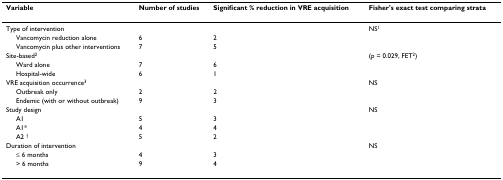
<table><thead><tr><td><b>Variable</b></td><td><b>Number of studies</b></td><td><b>Significant % reduction in VRE acquisition</b></td><td><b>Fisher&#x27;s exact test comparing strata</b></td></tr></thead><tbody><tr><td>Type of intervention</td><td></td><td></td><td>NS<sup>1</sup></td></tr><tr><td> Vancomycin reduction alone</td><td>6</td><td>2</td><td></td></tr><tr><td> Vancomycin plus other interventions</td><td>7</td><td>5</td><td></td></tr><tr><td>Site-based<sup>2</sup></td><td></td><td></td><td>(p = 0.029, FET<sup>2</sup>)</td></tr><tr><td> Ward alone</td><td>7</td><td>6</td><td></td></tr><tr><td> Hospital-wide</td><td>6</td><td>1</td><td></td></tr><tr><td>VRE acquisition occurrence<sup>3</sup></td><td></td><td></td><td>NS</td></tr><tr><td> Outbreak only</td><td>2</td><td>2</td><td></td></tr><tr><td> Endemic (with or without outbreak)</td><td>9</td><td>3</td><td></td></tr><tr><td>Study design</td><td></td><td></td><td>NS</td></tr><tr><td> A1</td><td>5</td><td>3</td><td></td></tr><tr><td> A1*</td><td>4</td><td>4</td><td></td></tr><tr><td> A2 <sup>†</sup></td><td>5</td><td>2</td><td></td></tr><tr><td>Duration of intervention</td><td></td><td></td><td>NS</td></tr><tr><td> ≤ 6 months</td><td>4</td><td>3</td><td></td></tr><tr><td> &gt; 6 months</td><td>9</td><td>4</td><td></td></tr></tbody></table>